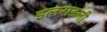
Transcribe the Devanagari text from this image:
इलराइली